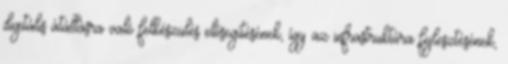
digitális átállásra való felkészülés elősegítésének, így az infrastruktúra fejlesztésének,